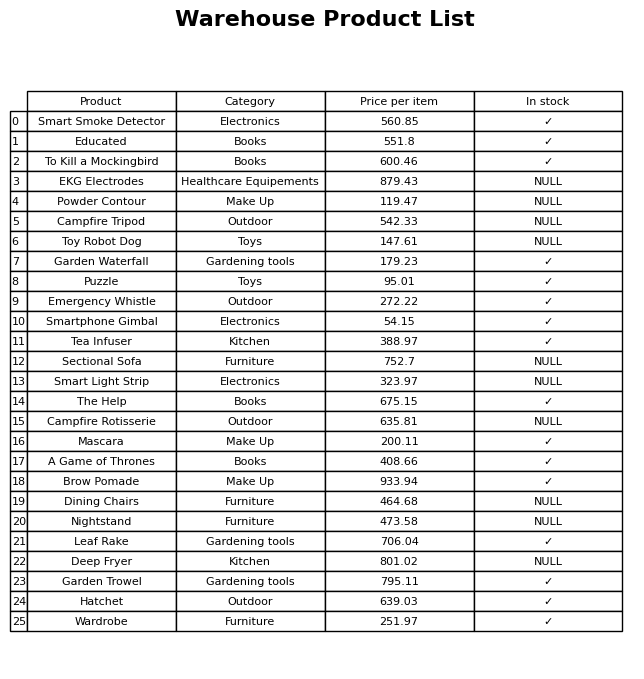
question: What is the price for Campfire Rotisserie?
answer: The price of Campfire Rotisserie is 635.81.